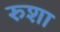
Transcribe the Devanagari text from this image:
रुशा